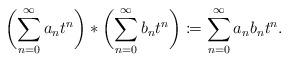
LaTeX: \begin{align*}\biggl(\sum_{n=0}^{\infty}a_{n}t^{n}\biggr)*\biggl(\sum_{n=0}^{\infty}b_{n}t^{n}\biggr)\coloneqq\sum_{n=0}^{\infty}a_{n}b_{n}t^{n}.\end{align*}